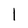
Character: l